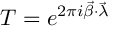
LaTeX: T = e ^ { 2 \pi i \vec { \beta } \cdot \vec { \lambda } }